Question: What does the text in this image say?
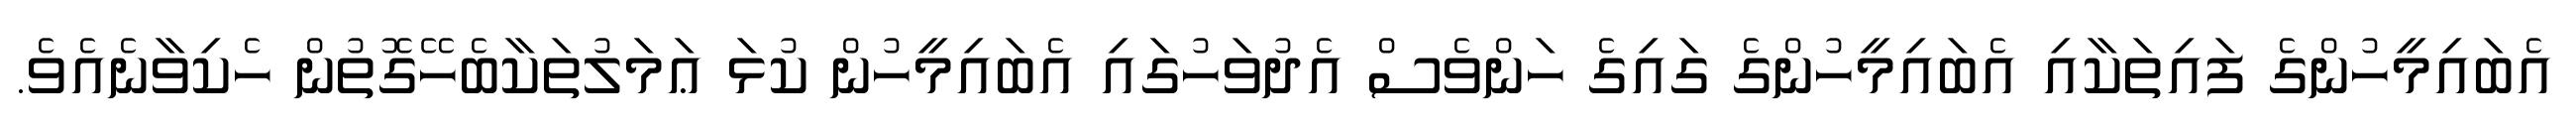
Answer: އެބައިމީހުންގެ ފައިތަކާއި އެބައިމީހުންގެ ގައިގެ ހަންވެސް އެދުވަހުގައި އެބައިމީހުން ކުޅަ ޢަމަލުތަކާބެހޭގޮތުން ހެކިވާނެއެވެ.